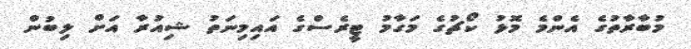
މުބާރާތުގެ އެންމެ މޮޅު ކޯޗުގެ މަގާމު ޓީރެސްގެ އައިމިނަތު ޝިއުރާ އަށް ލިބުން